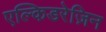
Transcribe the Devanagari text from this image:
एल्किडरेज़िन